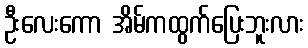
ဦးလေးကော အိမ်ကထွက်ပြေးဘူးလား